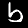
Digit: 6